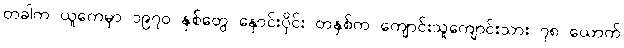
တခါက ယူကေမှာ ၁၉၇၀ နှစ်တွေ နှောင်းပိုင်း တနှစ်က ကျောင်းသူကျောင်းသား ၇၈ ယောက်